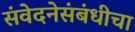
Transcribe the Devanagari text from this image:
संवेदनेसंबंधीचा